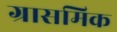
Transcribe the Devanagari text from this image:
ग्रासमिक